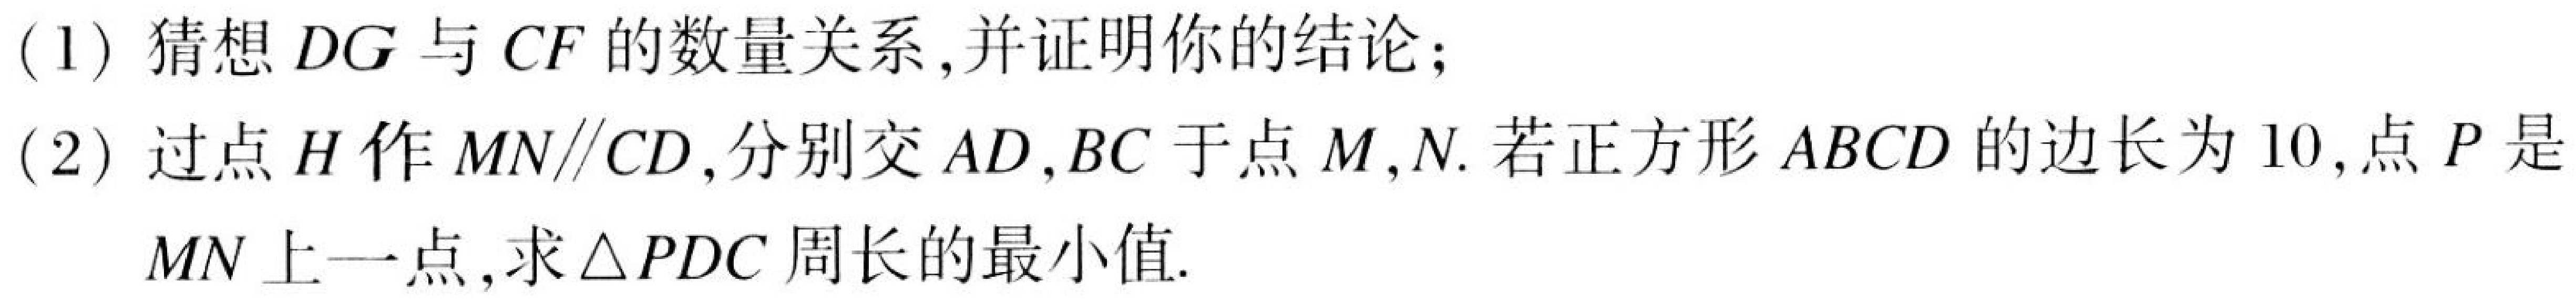
(1) 猜想 \(DG\) 与 \(CF\) 的数量关系,并证明你的结论;
(2) 过点 \(H\) 作 \(MN\parallel CD\),分别交 \(AD,BC\) 于点 \(M,N\). 若正方形 \(ABCD\) 的边长为 \(10\),点 \(P\) 是 \(MN\) 上一点,求\(\triangle PDC\) 周长的最小值.